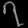
Digit: ၇